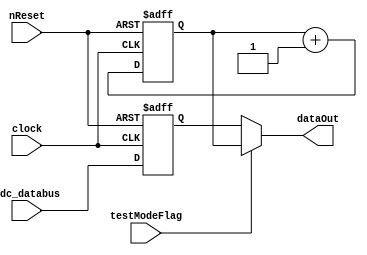
module dataGenerator (
	input nReset,
	input clock,
	input [9:0] adc_databus,
	input testModeFlag,
	output [9:0] dataOut
);
reg [9:0] adcData;
reg [9:0] testData;
wire [9:0] adc_databusRead;
assign dataOut = testModeFlag ? testData : adcData;
always @ (posedge clock, negedge nReset) begin
	if (!nReset) begin
		adcData <= 10'd0;
		testData <= 10'd0;
	end else begin
		adcData <= adc_databus;
		testData <= testData + 10'd1;
	end
end
endmodule